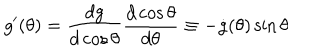
LaTeX: g ^ { \prime } ( \theta ) = \frac { d g } { d \cos \theta } \frac { d \cos \theta } { d \theta } \equiv - \dot { g } ( \theta ) \sin \theta